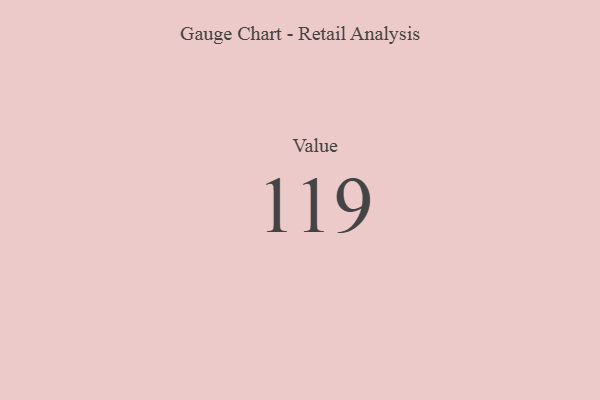
{"axis": {"x": "Metric", "y": "Value"}, "legend": [""], "data": [{"x": "Value", "y": 119, "type": ""}]}